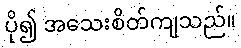
ပို၍ အသေးစိတ်ကျသည်။